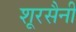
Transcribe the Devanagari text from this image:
शूरसैनी